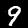
Digit: 9